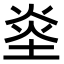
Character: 烾